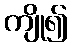
ကျို၍